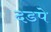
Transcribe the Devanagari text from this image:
दडपे